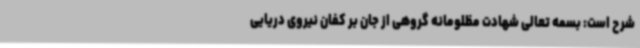
شرح است: بسمه تعالی شهادت مظلومانه گروهی از جان بر کفان نیروی دریایی